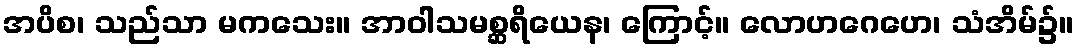
အပိစ၊ သည်သာ မကသေး။ အာဝါသမစ္ဆရိယေန၊ ကြောင့်။ လောဟဂေဟေ၊ သံအိမ်၌။